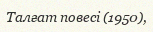
Талғат повесі (1950),